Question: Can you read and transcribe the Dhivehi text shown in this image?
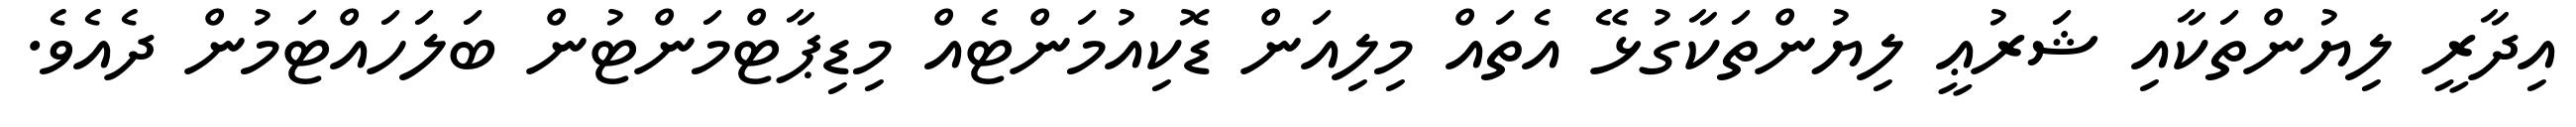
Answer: އިދާރީ ލިޔުންތަކާއި ޝަރުޢީ ލިޔުންތަކާގުޅޭ އެތައް މިލިއަން ޑޮކިއުމަންޓެއް މިޑިޕާޓްމަންޓުން ބަލަހައްޓަމުން ދެއެވެ.